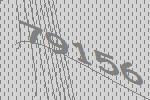
79156